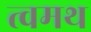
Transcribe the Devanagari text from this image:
त्वमथ